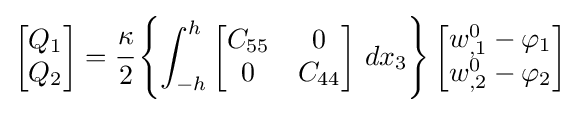
{\begin{bmatrix}Q_{1}\\Q_{2}\end{bmatrix}}={\cfrac {\kappa }{2}}\left\{\int _{-h}^{h}{\begin{bmatrix}C_{55}&0\\0&C_{44}\end{bmatrix}}~dx_{3}\right\}{\begin{bmatrix}w_{,1}^{0}-\varphi _{1}\\w_{,2}^{0}-\varphi _{2}\end{bmatrix}}